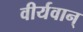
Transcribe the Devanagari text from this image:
वीर्यवान्